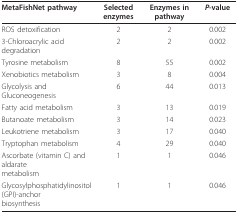
| MetaFishNet pathway | Selected enzymes | Enzymes in pathway | P-value |
 | --- | --- | --- | --- |
 | ROS detoxification | 2 | 2 | 0.002 |
 | 3-Chloroacrylic acid degradation | 2 | 2 | 0.002 |
 | Tyrosine metabolism | 8 | 55 | 0.002 |
 | Xenobiotics metabolism | 3 | 8 | 0.004 |
 | Glycolysis and Gluconeogenesis | 6 | 44 | 0.013 |
 | Fatty acid metabolism | 3 | 13 | 0.019 |
 | Butanoate metabolism | 3 | 14 | 0.023 |
 | Leukotriene metabolism | 3 | 17 | 0.040 |
 | Tryptophan metabolism | 4 | 29 | 0.040 |
 | Ascorbate (vitamin C) and aldaratemetabolism | 1 | 1 | 0.046 |
 | Glycosylphosphatidylinositol(GPI)-anchorbiosynthesis | 1 | 1 | 0.046 |